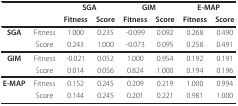
<table><thead><tr><td></td><td></td><td colspan="2"><b>SGA</b></td><td colspan="2"><b>GIM</b></td><td colspan="2"><b>E-MAP</b></td></tr><tr><td></td><td></td><td><b>Fitness</b></td><td><b>Score</b></td><td><b>Fitness</b></td><td><b>Score</b></td><td><b>Fitness</b></td><td><b>Score</b></td></tr></thead><tbody><tr><td><b>SGA</b></td><td>Fitness</td><td>1.000</td><td>0.235</td><td>-0.099</td><td>0.092</td><td>0.268</td><td>0.490</td></tr><tr><td></td><td>Score</td><td>0.243</td><td>1.000</td><td>-0.073</td><td>0.095</td><td>0.258</td><td>0.491</td></tr><tr><td><b>GIM</b></td><td>Fitness</td><td>-0.021</td><td>0.052</td><td>1.000</td><td>0.954</td><td>0.192</td><td>0.191</td></tr><tr><td></td><td>Score</td><td>0.014</td><td>0.056</td><td>0.824</td><td>1.000</td><td>0.194</td><td>0.196</td></tr><tr><td><b>E-MAP</b></td><td>Fitness</td><td>0.152</td><td>0.245</td><td>0.209</td><td>0.219</td><td>1.000</td><td>0.994</td></tr><tr><td></td><td>Score</td><td>0.144</td><td>0.245</td><td>0.201</td><td>0.221</td><td>0.981</td><td>1.000</td></tr></tbody></table>